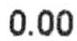
0.00